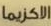
الاكزيما